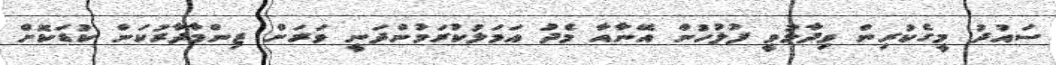
ސައުދު މީގެކުރިން ވިދާޅުވީ ފުލުހުން އޭނާއާ މެދު އަމަލުކުރަމުންދަނީ ވަރަށް ޒިންމާދާރުކަން ކުޑަކޮށް